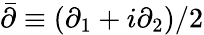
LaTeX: \bar{\partial}\equiv(\partial_{1}+i\partial_{2})/2